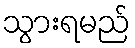
သွားရမည်